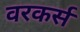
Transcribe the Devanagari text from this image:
वरकर्स